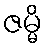
ဇမ္မိ